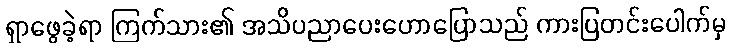
ရှာဖွေခဲ့ရာ ကြက်သား၏ အသိပညာပေးဟောပြောသည် ကားပြတင်းပေါက်မှ